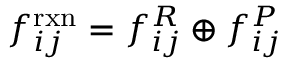
f _ { i j } ^ { \mathrm { r x n } } = f _ { i j } ^ { R } \oplus f _ { i j } ^ { P }